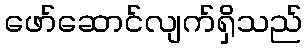
ဖော်ဆောင်လျက်ရှိသည်